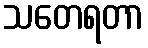
သတေရတာ